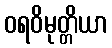
ဝရဝိမုတ္တိယာ